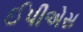
ઈપીએસ